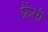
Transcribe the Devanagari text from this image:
फ्रैंसी